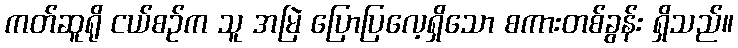
ကတ်ဆူရို ငယ်စဉ်က သူ အမြဲ ပြောပြလေ့ရှိသော စကားတစ်ခွန်း ရှိသည်။